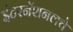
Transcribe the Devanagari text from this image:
इंटरनॅशनलचे